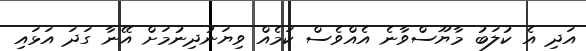
އަދި އެ ކުލަބު މާޔޫސްވާނެ އެއްވެސް ކަމެއް ވިޔަނުދިނުމަށް އޭނާ ގަދަ އަޅައި